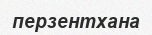
перзентхана